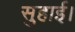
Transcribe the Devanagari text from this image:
सुहाई।